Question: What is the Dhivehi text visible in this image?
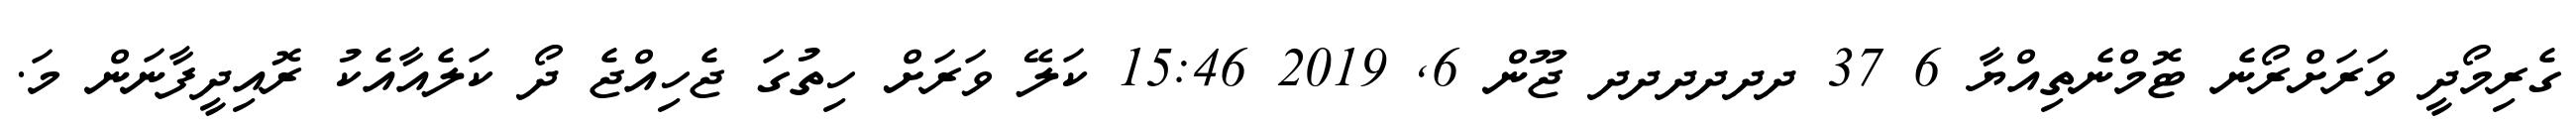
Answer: ގެރިމޯދީ ވަރަށްރޯނެ ޓޮމްނެތިއްޔާ 6 37 ދދދދދދ ޖޫން 6, 2019 15:46 ކަލޭ ވަރަށް ހިތުގަ ޖެހިއްޖެ ދޯ ކަލެއާއެކު ރޮއިދީފާނަން މަ.